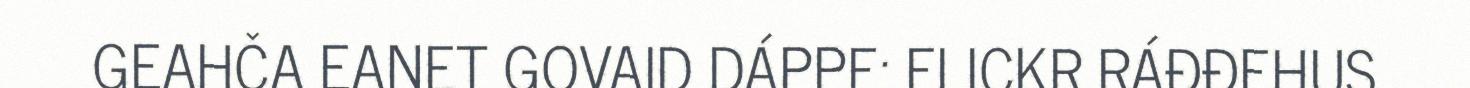
GEAHČA EANET GOVAID DÁPPE: FLICKR RÁĐĐEHUS